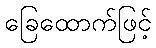
ခြေထောက်ဖြင့်